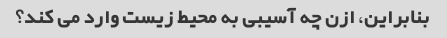
بنابراین، ازن چه آسیبی به محیط زیست وارد می کند؟